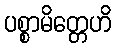
ပစ္စာမိတ္တေဟိ